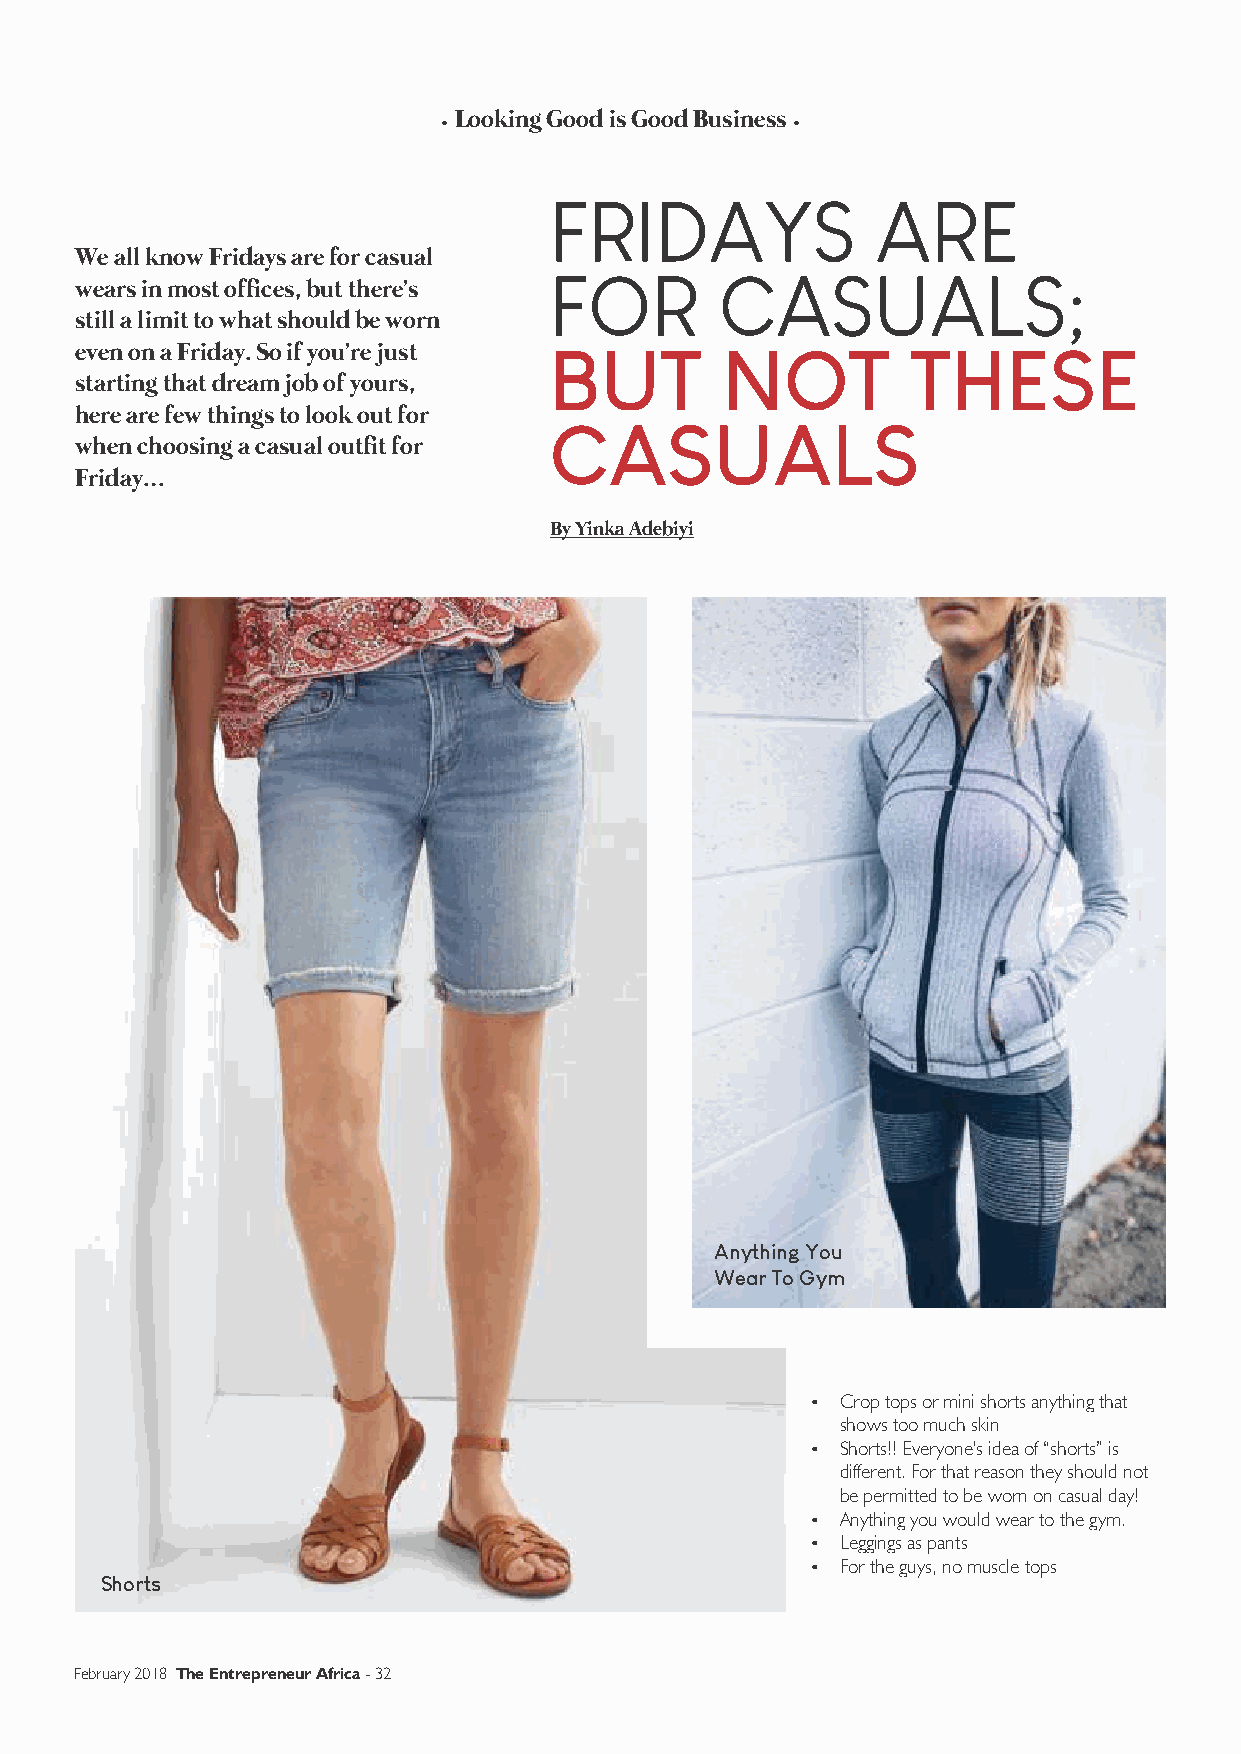
Looking Good is Good Business
 FRIDAYS               ARE
 We all know Fridays are for casual
 FOR         CASUALS;
 wears in most offices, but there's
 still a limit to what should be worn
 even on a Friday. So if you're just BUT    NOT         THESE
 starting that dream job of yours,
 here are few things to look out for
 CASUALS
 when choosing a casual outfit for
 Friday…
 By Yinka Adebiyi
 Leggings
 Crop Top              as Pants                              Muscle Top
 Not Okay Too
 Anything You
 Wear To Gym
 Anything You
 Wear To Gym
 Ÿ Crop tops or mini shorts anything that
 shows too much skin
 Ÿ Shorts!! Everyone's idea of “shorts” is
 different. For that reason they should not
 be permitted to be worn on casual day!
 Ÿ Anything you would wear to the gym.
 Ÿ Leggings as pants
 Ÿ For the guys, no muscle tops
 Shorts
 February 2018 The Entrepreneur Africa - 32                                                                                           33 - The Entrepreneur Africa February 2018